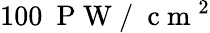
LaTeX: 100~\mathrm{~P~W~/~}\mathrm{~c~m~}^{2}